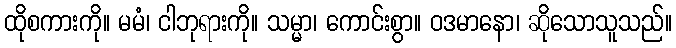
ထိုစကားကို။ မမံ၊ ငါဘုရားကို။ သမ္မာ၊ ကောင်းစွာ။ ဝဒမာနော၊ ဆိုသောသူသည်။